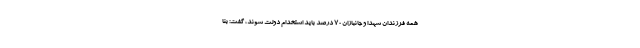
همه فرزندان شهدا و جانبازان ۷۰ درصد باید استخدام دولت شوند، گفت: بنا